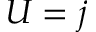
U = j